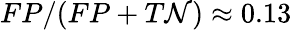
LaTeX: FP/(FP+T\mathcal{N})\approx{}0.13